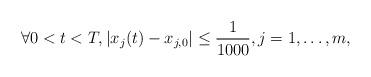
LaTeX: \begin{align*}\forall 0<t<T, |x_{j}(t)-x_{j,0}|\leq \frac{1}{1000}, j=1,\dots, m,\end{align*}